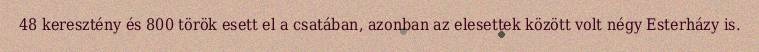
48 keresztény és 800 török esett el a csatában, azonban az elesettek között volt négy Esterházy is.